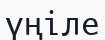
үңіле